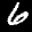
Label: 6